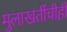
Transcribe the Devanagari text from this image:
मुलाखतींचीही